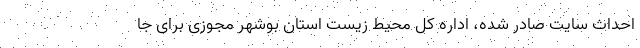
احداث سایت صادر شده، اداره کل محیط زیست استان بوشهر مجوزی برای جا